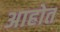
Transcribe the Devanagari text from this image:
अाहोत